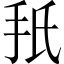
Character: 𫼙